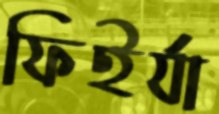
ফিইর্যা